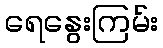
ရေနွေးကြမ်း